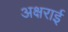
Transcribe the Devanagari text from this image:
अक्षराई